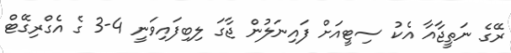
ރޭގެ ނަތީޖާއާ އެކު ސިޓީއަށް ފައިނަލުން ޖާގަ ލިބިފައިވަނީ 4-3 ގެ އެގްރިގޭޓް